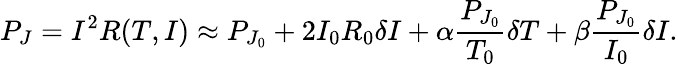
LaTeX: P_{J}=I^{2}R(T,I)\approx P_{J_{0}}+2I_{0}R_{0}\delta I+\alpha\frac{P_{J_{0}}}{T_{0}}\delta T+\beta\frac{P_{J_{0}}}{I_{0}}\delta I.